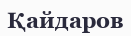
Қайдаров